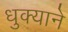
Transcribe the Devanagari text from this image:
धुक्याने